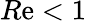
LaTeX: R\mathrm{e}<1